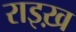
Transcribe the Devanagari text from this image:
राइख़